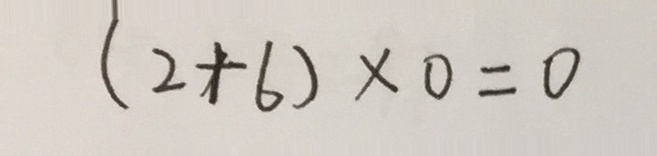
( 2 + 6 ) \times 0 = 0